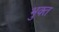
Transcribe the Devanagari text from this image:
भुक्त